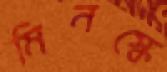
মিনস্কে